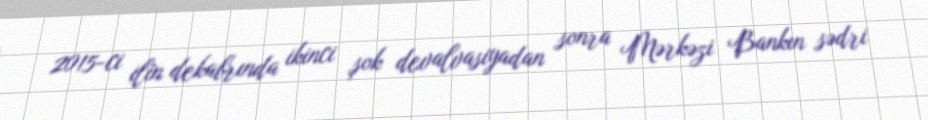
2015-ci ilin dekabrında ikinci şok devalvasiyadan sonra Mərkəzi Bankın sədri